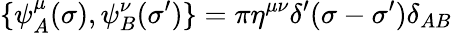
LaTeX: \{ \psi_{A}^{\mu}(\sigma),\psi_{B}^{\nu}(\sigma^{\prime})\} =\pi\eta^{\mu\nu}\delta^{\prime}(\sigma-\sigma^{\prime})\delta_{AB}